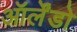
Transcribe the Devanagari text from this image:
ऑर्लेंडो